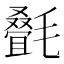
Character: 𬇇